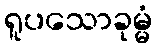
ရူပသောခုမ္မံ